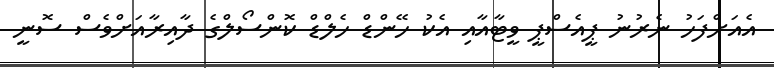
އެއަށްފަހު ނެރުނު ޕީއެސްޕީ ވީޓާއާއި އެކު ހޭންޑް ހެލްޑް ކޮންސޯލްގެ ދާއިރާއަށްވެސް ސޮނީ